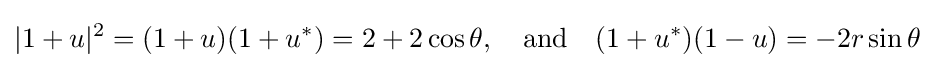
|1+u|^{2}=(1+u)(1+u^{*})=2+2\cos \theta ,\quad {\text{and}}\quad (1+u^{*})(1-u)=-2r\sin \theta